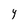
Character: Y